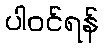
ပါဝင်ရန်